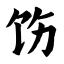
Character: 饬